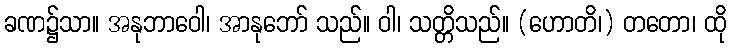
ခဏ၌သာ။ အနုဘာဝေါ၊ အာနုဘော် သည်။ ဝါ၊ သတ္တိသည်။ (ဟောတိ၊) တတော၊ ထို